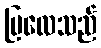
ပြလေသည်